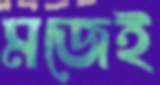
মজেই